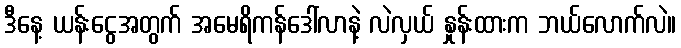
ဒီနေ့ ယန်းငွေအတွက် အမေရိကန်ဒေါ်လာနဲ့ လဲလှယ် နှုန်းထားက ဘယ်လောက်လဲ။